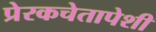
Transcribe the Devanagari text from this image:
प्रेरकचेतापेशी